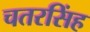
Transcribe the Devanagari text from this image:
चतरसिंह